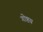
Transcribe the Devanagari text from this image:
गोष्टय